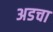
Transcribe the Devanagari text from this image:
अडचा